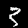
Label: 3